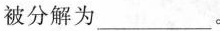
被分解为___。